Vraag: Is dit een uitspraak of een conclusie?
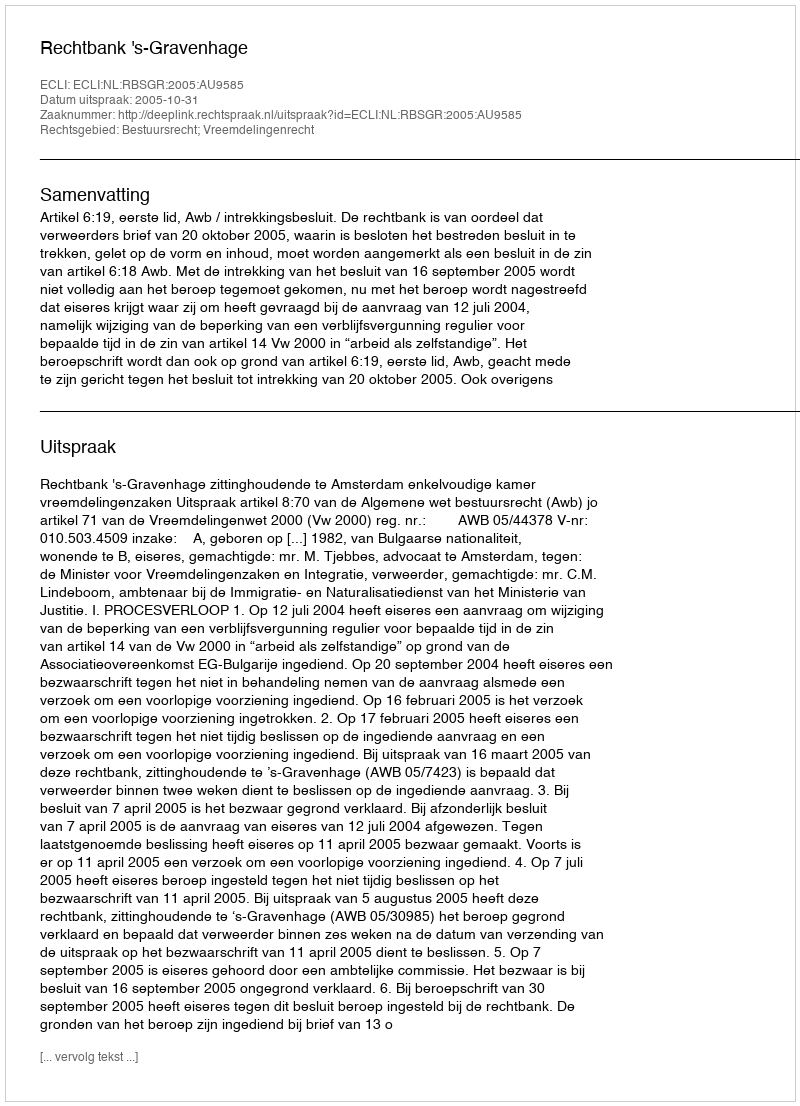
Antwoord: Uitspraak